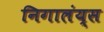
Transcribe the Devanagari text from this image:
निगालंय्‌स